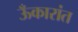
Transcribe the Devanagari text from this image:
ऊँकारांत